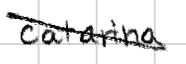
Text: Catarina
Cross-out: diagonal
Writing tool: digital_black